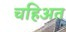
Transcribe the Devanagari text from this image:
चहिअत